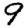
Digit: 9